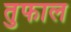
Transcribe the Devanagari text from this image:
तुफाल